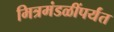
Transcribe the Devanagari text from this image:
मित्रमंडळींपर्यंत